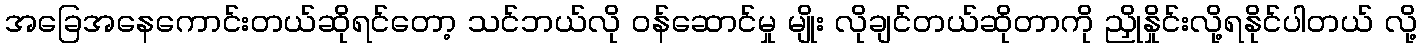
အခြေအနေကောင်းတယ်ဆိုရင်တော့ သင်ဘယ်လို ဝန်ဆောင်မှု မျိုး လိုချင်တယ်ဆိုတာကို ညှိုနှိုင်းလို့ရနိုင်ပါတယ် လို့